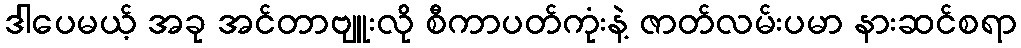
ဒါပေမယ့် အခု အင်တာဗျူးလို စီကာပတ်ကုံးနဲ့ ဇာတ်လမ်းပမာ နားဆင်စရာ